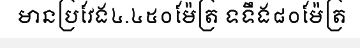
មានប្រវែង៤.៤៥០ម៉ែត្រ ទទឹង៨០ម៉ែត្រ